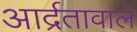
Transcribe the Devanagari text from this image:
आर्द्रतावाले